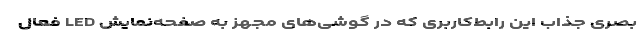
بصری جذاب این رابط‌کاربری که در گوشی‌های مجهز به صفحه‌نمایش LED فعال